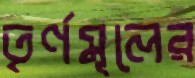
তৃর্ণমূলের